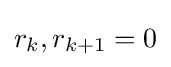
r_{k},r_{k+1}=0